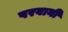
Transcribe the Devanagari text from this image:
परवानी